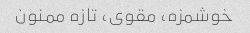
خوشمزه، مقوی، تازه ممنون